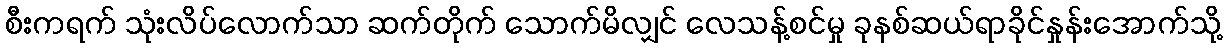
စီးကရက် သုံးလိပ်လောက်သာ ဆက်တိုက် သောက်မိလျှင် လေသန့်စင်မှု ခုနစ်ဆယ်ရာခိုင်နှုန်းအောက်သို့